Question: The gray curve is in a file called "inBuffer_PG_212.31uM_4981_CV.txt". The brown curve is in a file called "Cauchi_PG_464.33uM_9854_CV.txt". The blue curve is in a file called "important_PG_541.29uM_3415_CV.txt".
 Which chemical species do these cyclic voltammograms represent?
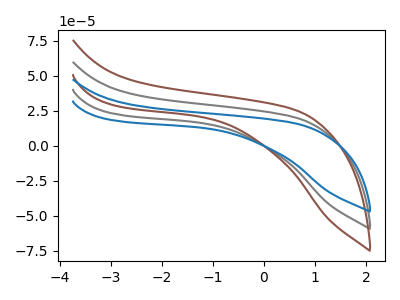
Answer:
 <answer>The gray curve is labeled "PG_212.31uM". The brown curve is labeled "PG_464.33uM". The blue curve is labeled "PG_541.29uM".</answer>
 <eval></eval>